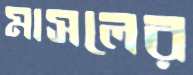
মাসলের